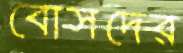
বোসদের